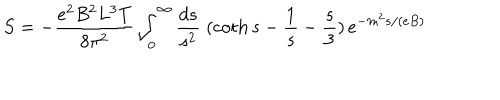
LaTeX: S = - \frac { e ^ { 2 } B ^ { 2 } L ^ { 3 } T } { 8 \pi ^ { 2 } } \int _ { 0 } ^ { \infty } \frac { d s } { s ^ { 2 } } \; ( \coth s - \frac { 1 } { s } - \frac { s } { 3 } ) \, e ^ { - m ^ { 2 } s / ( e B ) }